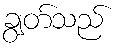
ချွတ်သည်